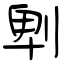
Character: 𠜱